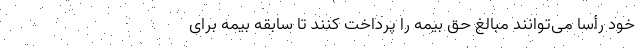
خود رأساً می‌توانند مبالغ حق بیمه را پرداخت کنند تا سابقه بیمه برای